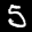
Label: 5